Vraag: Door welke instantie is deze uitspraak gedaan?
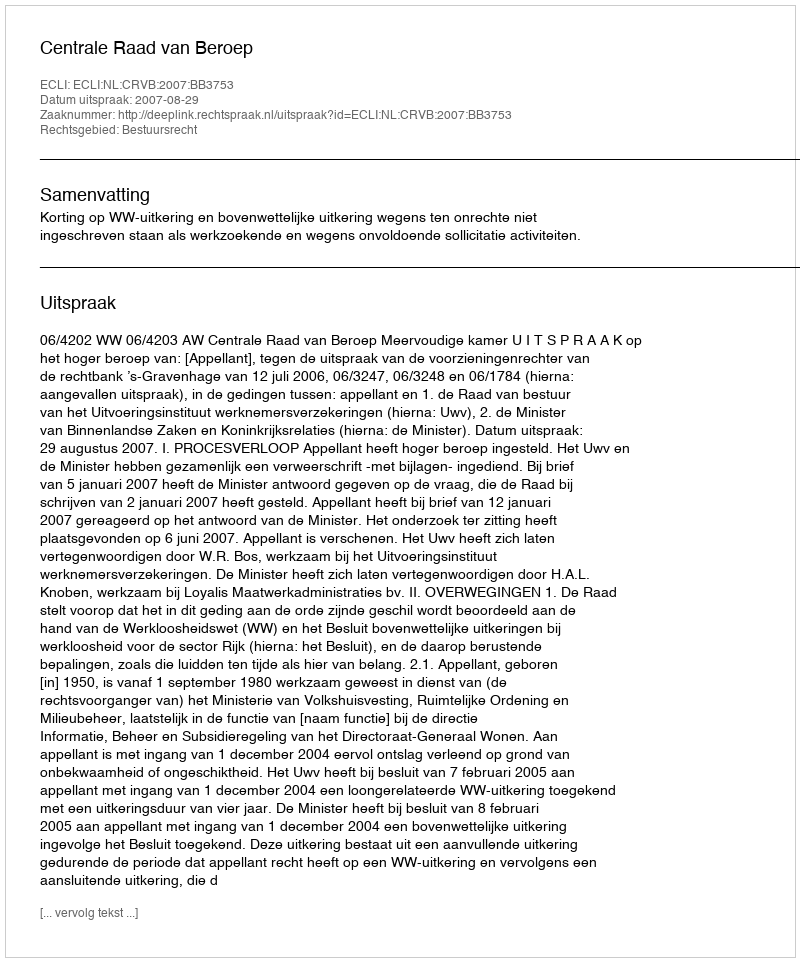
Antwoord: Centrale Raad van Beroep